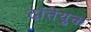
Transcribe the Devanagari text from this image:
दांतेयुक्त